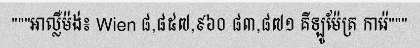
"""អាល្លឺម៉ង់៖ Wien ៨,៨៥៧,៩៦០ ៨៣,៨៧១ គីឡូម៉ែត្រ ការ៉េ"""